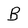
Character: B